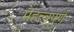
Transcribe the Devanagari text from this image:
मेहत्वपुर्ण